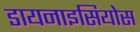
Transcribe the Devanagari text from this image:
डायनाइसियोस